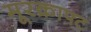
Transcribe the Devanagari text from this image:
मूरक्राफ्ट